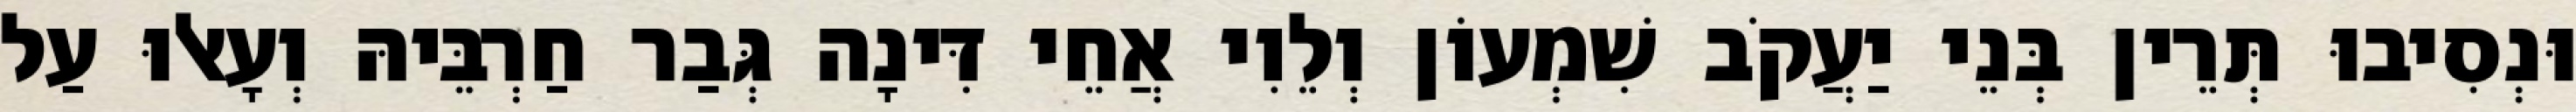
וּנְסִיבוּ תְּרֵין בְּנֵי יַעֲקֹב שִׁמְעוֹן וְלֵוִי אֲחֵי דִּינָה גְּבַר חַרְבֵּיהּ וְעָאלוּ עַל